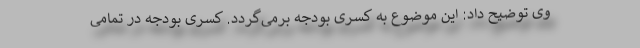
وی توضیح داد: این موضوع به کسری بودجه برمی‌گردد. کسری بودجه در تمامی